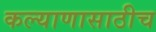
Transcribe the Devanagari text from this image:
कल्याणासाठीच